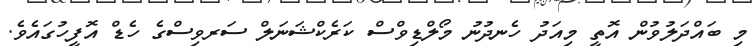
މި ބައްދަލުވުން އޮތީ މިއަދު ހެނދުނު މޯލްޑިވްސް ކަރެކްޝަނަލް ސަރވިސްގެ ހެޑް އޮފީހުގައެވެ.